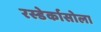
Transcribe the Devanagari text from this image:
रस्डेर्कासोला